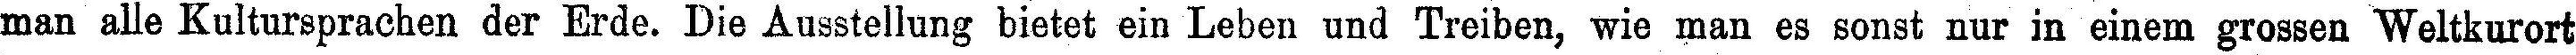
man alle Kultursprachen der Erde. Die Ausstellung bietet ein Leben und Treiben, wie man es sonst nur in einem grossen Weltkurort